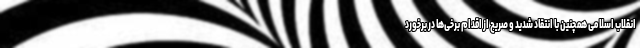
انقلاب اسلامی همچنین با انتقاد شدید و صریح از اقدام برخی‌ها در برخورد